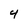
Character: 4